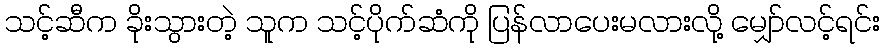
သင့်ဆီက ခိုးသွားတဲ့ သူက သင့်ပိုက်ဆံကို ပြန်လာပေးမလားလို့ မျှော်လင့်ရင်း